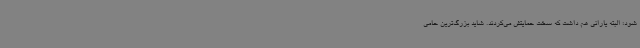
شود؛ البته یارانی هم داشت که سخت حمایتش می‌کردند. شاید بزرگ‌ترین حامی